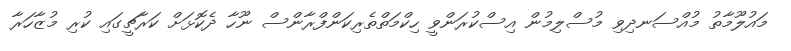
މައުލޫމާތު މުއްސަނދިވި މުސްލިމުން އިސްކުރަންވީ ހިކްމަތްތެރިކަންފްރާންސް ނޫހާ ދެކޮޅަށް ކަރާޗީގައި ކުރި މުޒާހަރާ